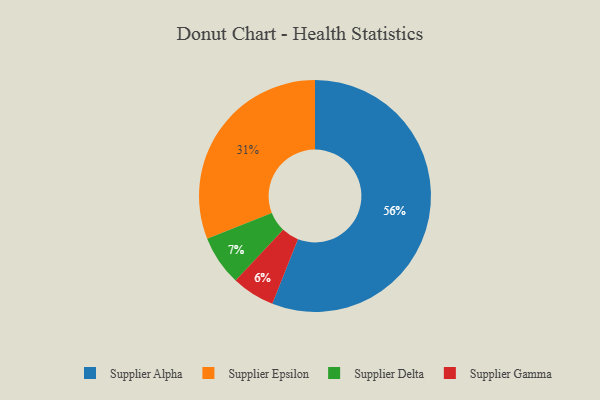
{"axis": {"x": "Category", "y": "Percentage"}, "legend": ["Supplier Alpha", "Supplier Delta", "Supplier Epsilon", "Supplier Gamma"], "data": [{"x": "Supplier Epsilon", "y": 31, "type": "Supplier Epsilon"}, {"x": "Supplier Alpha", "y": 56, "type": "Supplier Alpha"}, {"x": "Supplier Gamma", "y": 6, "type": "Supplier Gamma"}, {"x": "Supplier Delta", "y": 7, "type": "Supplier Delta"}]}